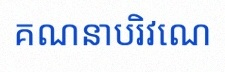
គណនាបរិវេណ